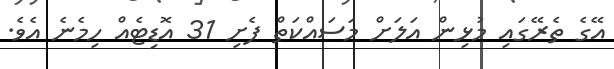
އޭގެ ތެރޭގައި މުޅިން އަލަށް މަސައްކަތް ފެށި 31 އޮޑިޓެއް ހިމެނެ އެވެ.